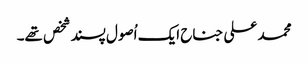
محمد علی جناح ایک اُصول پسند شخص تھے۔